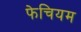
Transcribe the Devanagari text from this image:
फेचियम